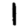
Digit: 1